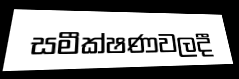
සමීක්ෂණවලදී